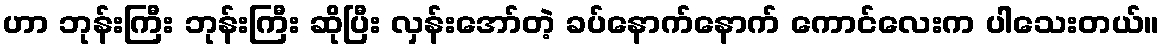
ဟာ ဘုန်းကြီး ဘုန်းကြီး ဆိုပြီး လှန်းအော်တဲ့ ခပ်နောက်နောက် ကောင်လေးက ပါသေးတယ်။